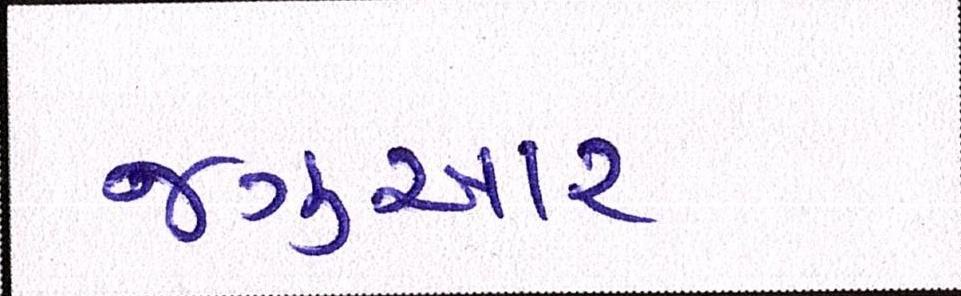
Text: જગુઆર